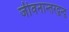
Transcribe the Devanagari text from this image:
जीवनान्तरद्वन्द्व